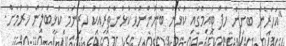
"އަހަރެން ބުނިން ހާފް ޓައިމްގައި ކުޅެން ބޭނުންނުވާ ކުޅުންތެރިއަކު ހުރިނަމަ ކުޅިބަލަން ހުރުމަށް.